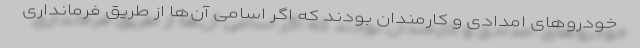
خودرو‌های امدادی و کارمندان بودند که اگر اسامی آن‌ها از طریق فرمانداری